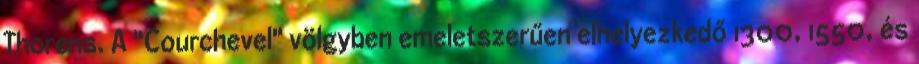
Thorens. A "Courchevel" völgyben emeletszerűen elhelyezkedő 1300, 1550, és